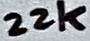
Text: 22k